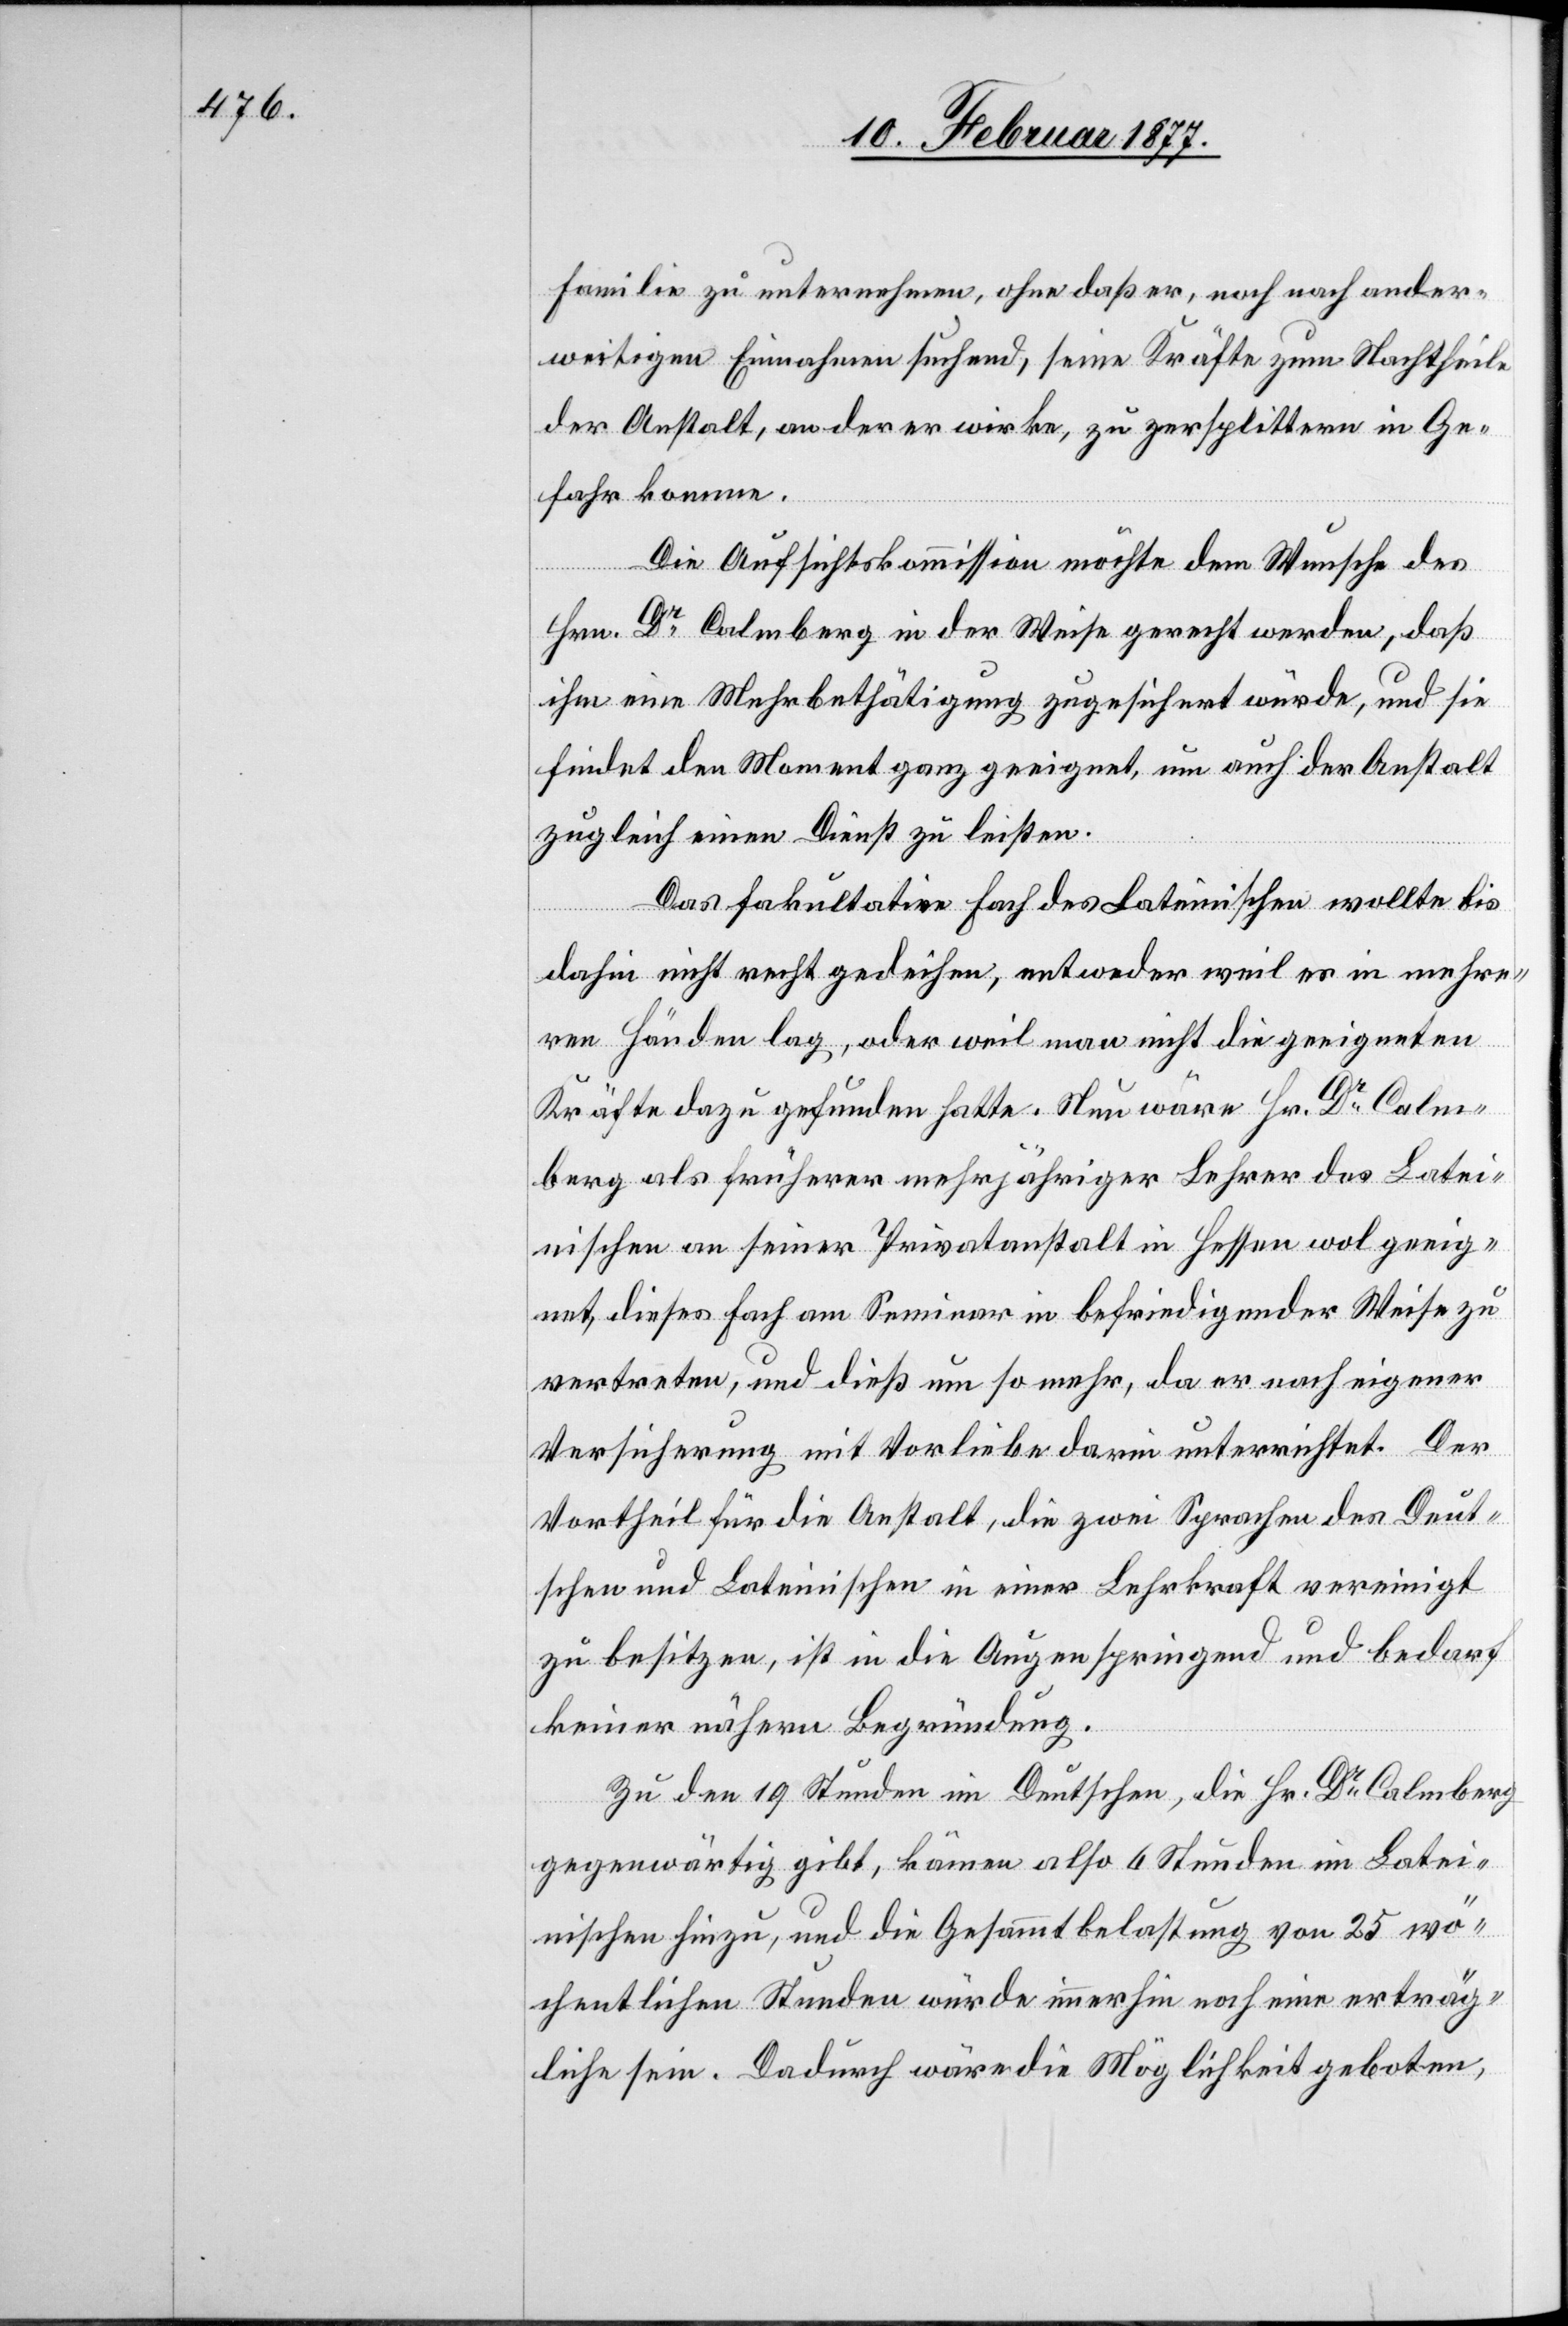
Familie zu unternehmen, ohne daß er, noch nach ander¬
weitigen Einnahmen suchen, seine Kräfte zum Nachtheile
der Anstalt, an der er wirke, zu zersplittern in Ge¬
fahr komme.
Die Aufsichtskommission möchte dem Wunsche des
Hrn. Dr Calmberg in der Weise gerecht werden, daß
ihm eine Mehrbethätigung zugesichert würde, und sie
findet den Moment ganz geeignet, um auch der Anstalt
zugleich einen Dienst zu leisten.
Das fakultative Fach des Lateinischen wollte bis
dahin nicht recht gedeihen, entweder weil es in mehre¬
ren Händen lag, oder weil man nicht die geeigneten
Kräfte dazu gefunden hatte. Nun wäre Hr. Dr Calm¬
berg als früherer mehrjähriger Lehrer des Latei¬
nischen an seiner Privatanstalt in Hessen wol geeig¬
net, dieses Fach am Seminar in befriedigender Weise zu
vertreten, und dieß um so mehr, da er nach eigener
Versicherung mit Vorliebe darin unterrichtet. Der
Vortheil für die Anstalt, die zwei Sprachen des Deut¬
schen und Lateinischen in einer Lehrkraft vereinigt
zu besitzen, ist in die Augen springend und bedarf
keiner nähern Begründung.
Zu den 19 Stunden im Deutschen, die Hr. Dr Calmberg
gegenwärtig gibt, kämen also 6 Stunden im Latei¬
nischen hinzu, und die Gesammtbelastung von 25 wö¬
chentlichen Stunden würde immerhin noch eine erträg¬
liche sein. Dadurch wäre die Möglichkeit geboten,